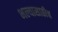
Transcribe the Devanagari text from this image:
भल्यासाठीच